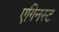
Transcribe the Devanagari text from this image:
एगिनस्ट